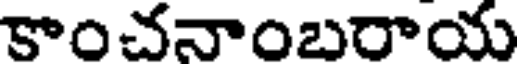
కాంచనాంబరాయ